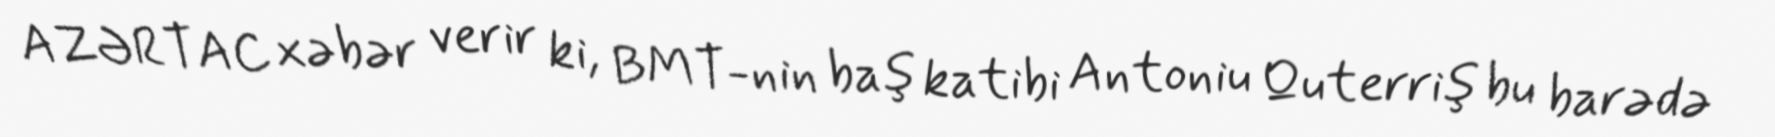
AZƏRTAC xəbər verir ki, BMT-nin baş katibi Antoniu Quterriş bu barədə